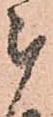
被